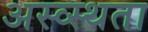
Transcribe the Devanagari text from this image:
अस्व्स्थता